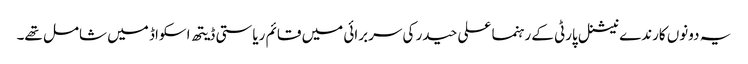
یہ دونوں کارندے نیشنل پارٹی کے رہنما علی حیدر کی سربرائی میں قائم ریاستی ڈیتھ اسکواڈ میں شامل تھے۔